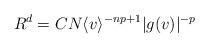
LaTeX: \begin{align*} R^d = CN \langle v \rangle^{-np+1}|g(v)|^{-p} \end{align*}